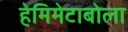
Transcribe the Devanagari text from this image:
हेमिमेटाबोला